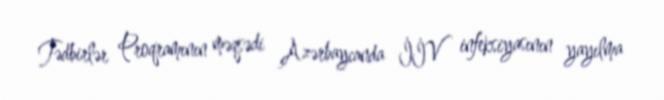
Tədbirlər Proqramının məqsədi Azərbaycanda İİV infeksiyasının yayılma